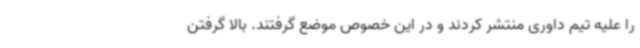
را علیه تیم داوری منتشر کردند و در این خصوص موضع گرفتند. بالا گرفتن